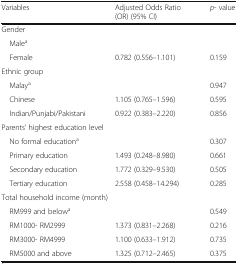
<table><thead><tr><td><b>Variables</b></td><td><b>Adjusted Odds Ratio (OR) (95% CI)</b></td><td><b><i>p</i>- value</b></td></tr></thead><tbody><tr><td colspan="3">Gender</td></tr><tr><td> Male<sup>a</sup></td><td></td><td></td></tr><tr><td> Female</td><td>0.782 (0.556–1.101)</td><td>0.159</td></tr><tr><td colspan="3">Ethnic group</td></tr><tr><td> Malay<sup>a</sup></td><td></td><td>0.947</td></tr><tr><td> Chinese</td><td>1.105 (0.765–1.596)</td><td>0.595</td></tr><tr><td> Indian/Punjabi/Pakistani</td><td>0.922 (0.383–2.220)</td><td>0.856</td></tr><tr><td colspan="3">Parents’ highest education level</td></tr><tr><td> No formal education<sup>a</sup></td><td></td><td>0.307</td></tr><tr><td> Primary education</td><td>1.493 (0.248–8.980)</td><td>0.661</td></tr><tr><td> Secondary education</td><td>1.772 (0.329–9.530)</td><td>0.505</td></tr><tr><td> Tertiary education</td><td>2.558 (0.458–14.294)</td><td>0.285</td></tr><tr><td colspan="3">Total household income (month)</td></tr><tr><td> RM999 and below<sup>a</sup></td><td></td><td>0.549</td></tr><tr><td> RM1000- RM2999</td><td>1.373 (0.831–2.268)</td><td>0.216</td></tr><tr><td> RM3000- RM4999</td><td>1.100 (0.633–1.912)</td><td>0.735</td></tr><tr><td> RM5000 and above</td><td>1.325 (0.712–2.465)</td><td>0.375</td></tr></tbody></table>